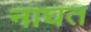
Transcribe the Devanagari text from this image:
नाघत